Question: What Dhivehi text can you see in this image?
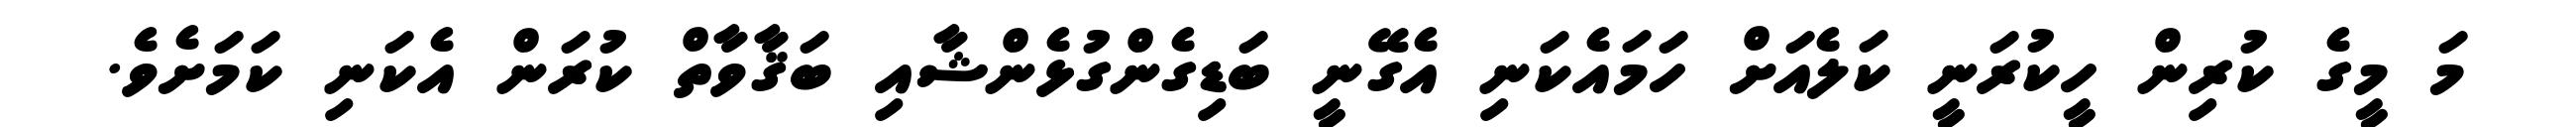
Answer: މަ މީގެ ކުރިން ހީކުރަނީ ކަލެއަށް ހަމައެކަނި އެގޭނީ ބަޑިގެންގުޅެންޝާއި ބަޤާވާތް ކުރަން އެކަނި ކަމަށެވެ.